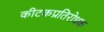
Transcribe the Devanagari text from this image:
कीटकप्रतिरोधक